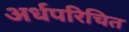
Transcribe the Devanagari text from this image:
अर्धपरिचित